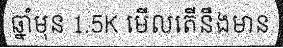
ឆ្នាំមុន 1.5K មើលតើនឹងមាន